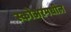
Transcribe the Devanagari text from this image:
स्कोअरमधील